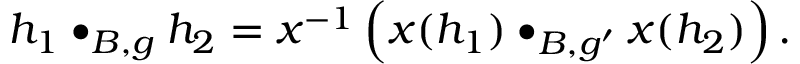
h _ { 1 } \bullet _ { B , g } h _ { 2 } = x ^ { - 1 } \left( x ( h _ { 1 } ) \bullet _ { B , g ^ { \prime } } x ( h _ { 2 } ) \right) .